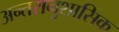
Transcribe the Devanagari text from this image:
अन्तरानुशासिक